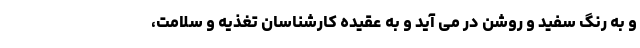
و به رنگ سفید و روشن در می آید و به عقیده کارشناسان تغذیه و سلامت،